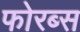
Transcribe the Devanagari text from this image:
फोरब्स